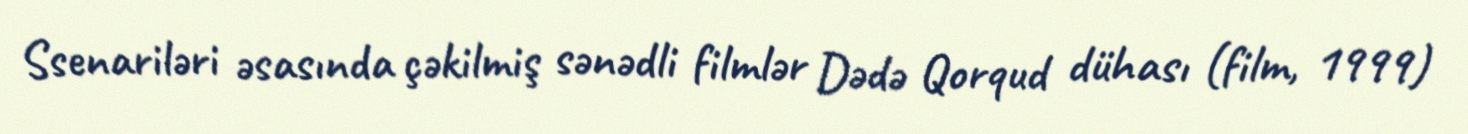
Ssenariləri əsasında çəkilmiş sənədli filmlər Dədə Qorqud dühası (film, 1999)